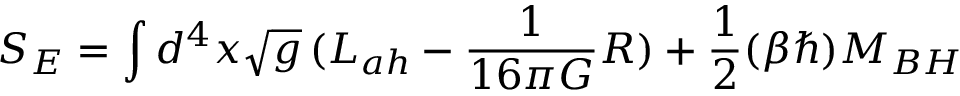
S _ { E } = \int d ^ { 4 } x \sqrt { g } \, ( { \cal L } _ { a h } - { \frac { 1 } { 1 6 \pi G } } R ) + { \frac { 1 } { 2 } } ( \beta \hbar ) M _ { B H }